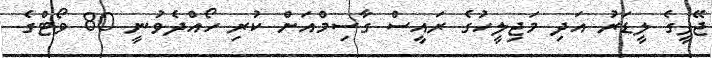
ޖޭޕީގެ ލީޑަރު އަދި މަޖިލީހުގެ ރައީސް ގާސިމްއަށް ކުރި ހޯއްދެވުނީ 80 ވޯޓްގެ